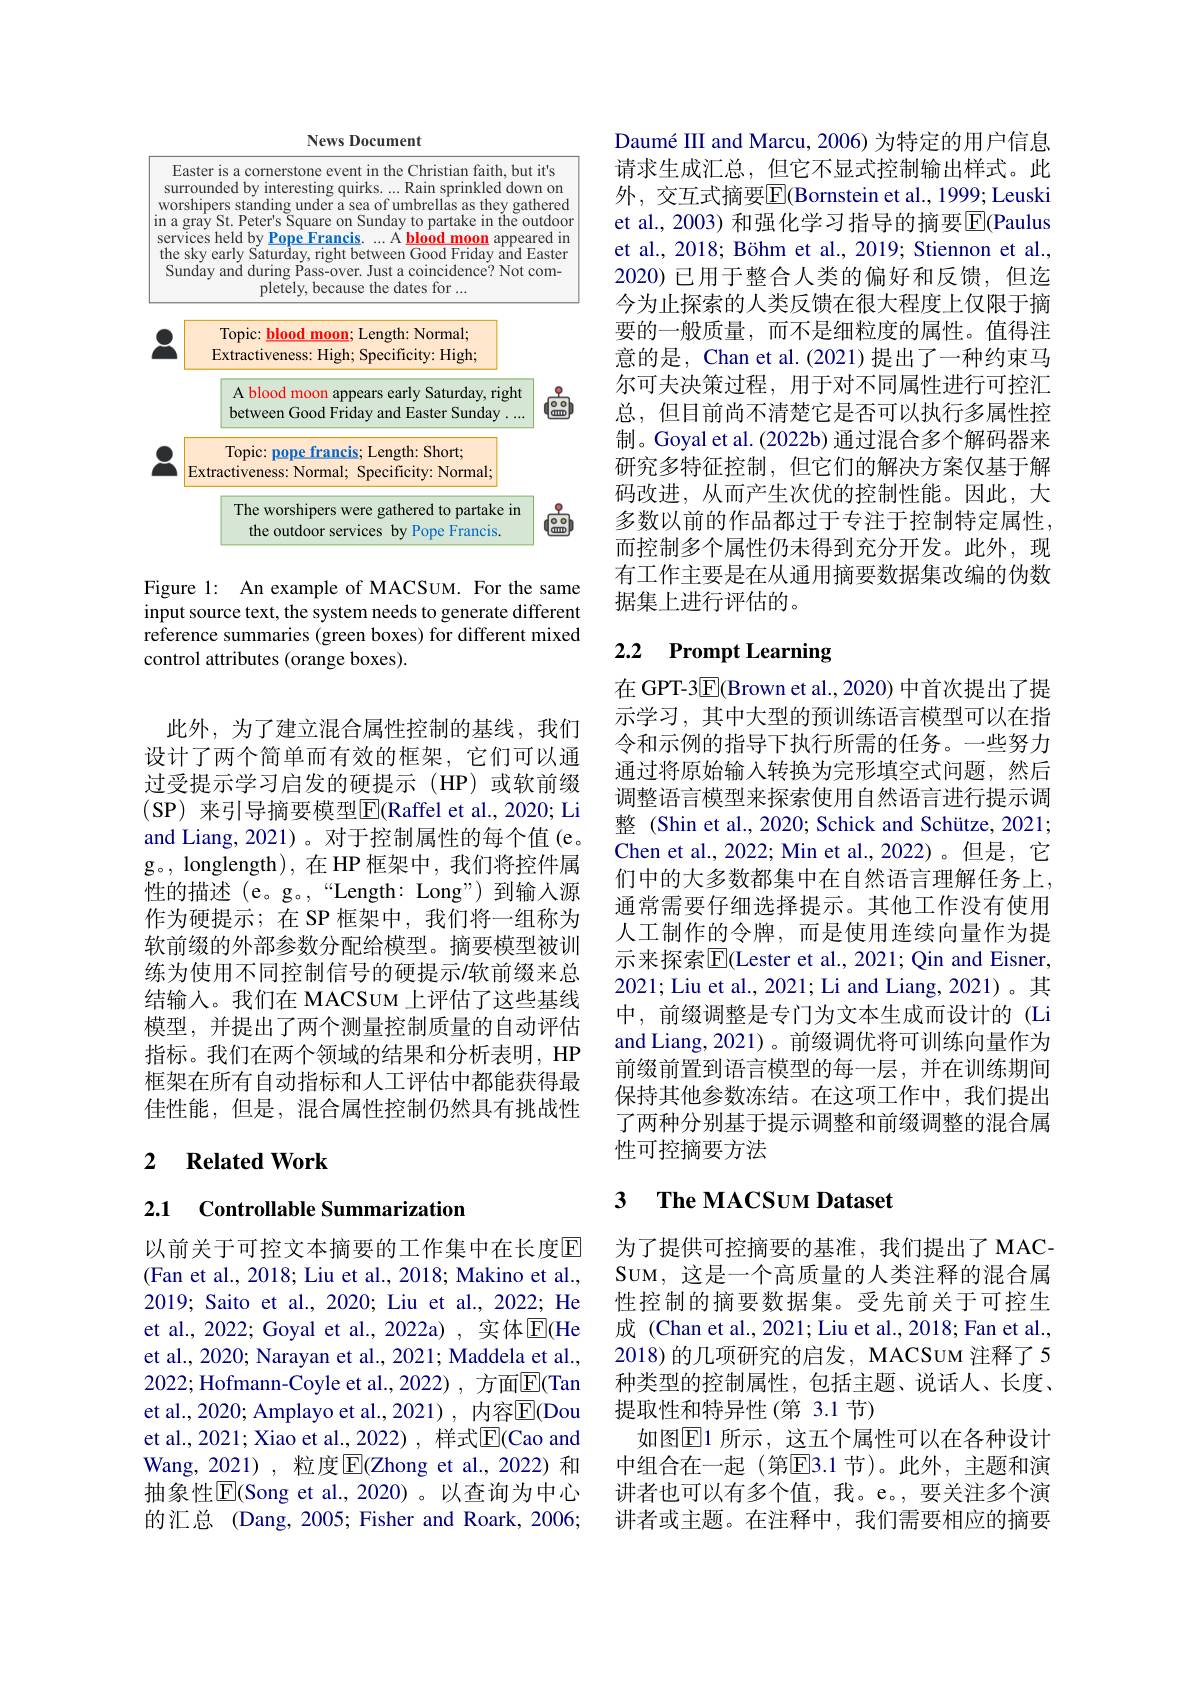
News Document

Easter is a cornerstone event in the Christian faith, but it's surrounded by interesting quirks. ...Rain sprinkled down on worshipers standing under a sea of umbrellas as they gathered in a gray St. Peter's Square on Sunday to partake in the outdoor services held by Pope Francis.
A blood moon appeared in
the sky early Saturday, right between Good Friday and Easter Sunday and during Pass-over. Just a coincidence? Not com-
pletely, because the dates for ...

<FigureHere>

Figure 1: An example of MACSUM. For the same input source text, the system needs to generate different reference summaries (green boxes) for different mixed control attributes (orange boxes).

此外，为了建立混合属性控制的基线，我们设计了两个简单而有效的框架，它们可以通过受提示学习启发的硬提示(HP)或软前缀(SP)来引导摘要模型$\overline{\mathrm{E}}($Raffel et al.,2020; Li and Liang, 2021)。对于控制属性的每个值(e。g。, longlength),在 HP 框架中，我们将控件属性的描述 (e。g。,“Length: Long”)到输入源作为硬提示；在 SP 框架中，我们将一组称为软前缀的外部参数分配给模型。摘要模型被训练为使用不同控制信号的硬提示/软前缀来总结输人。我们在 MACSUM 上评估了这些基线模型，并提出了两个测量控制质量的自动评估指标。我们在两个领域的结果和分析表明，HP 框架在所有自动指标和人工评估中都能获得最佳性能，但是，混合属性控制仍然具有挑战性

### 2 $\textbf{Related Work}$

## 2.1 Controllable Summarization

以前关于可控文本摘要的工作集中在长度回(Fan et al., 2018; Liu et al., 2018; Makino et al., 2019; Saito et al., 2020; Liu et al., 2022; He et al., 2022; Goyal et al., 2022a) , 实体$\overline{\mathrm{E}}($He et al., 2020; Narayan et al., 2021; Maddela et al., 2022; Hofmann-Coyle et al., 2022) , 方面$\overline{\mathrm{E}}($Tan et al., 2020; Amplayo et al., 2021) , 内容$\overline{\mathbb{E}}($Dou et al., 2021; Xiao et al., 2022), 样式$\overline{\mathrm{E}}($Cao and Wang, 2021), 粒度$\overline{\mathrm{E}}($Zhong et al.,2022)和抽象性$\overline{\mathrm{E}}($Song et al.,2020)。以查询为中心的汇总 (Dang, 2005; Fisher and Roark, 2006;

Daumé III and Marcu, 2006) 为特定的用户信息请求生成汇总，但它不显式控制输出样式。此外，交互式摘要$\overline{\mathbb{E}}($Bornstein et al., 1999; Leuski et al., 2003) 和强化学习指导的摘要$\boxed{\mathrm{E}}($Paulus et al., 2018; Böhm et al., 2019; Stiennon et al., 2020) 已用于整合人类的偏好和反馈，但迄今为止探索的人类反馈在很大程度上仅限于摘要的一般质量，而不是细粒度的属性。值得注意的是，Chan et al. (2021) 提出了一种约束马尔可夫决策过程，用于对不同属性进行可控汇总，但目前尚不清楚它是否可以执行多属性控制。Goyal et al. (2022b) 通过混合多个解码器来研究多特征控制，但它们的解决方案仅基于解码改进，从而产生次优的控制性能。因此，大多数以前的作品都过于专注于控制特定属性， 而控制多个属性仍未得到充分开发。此外，现有工作主要是在从通用摘要数据集改编的伪数据集上进行评估的。

# 2.2 Prompt Learning

在 GPT-3$\overline{\mathrm{E}}($Brown et al.,2020) 中首次提出了提示学习，其中大型的预训练语言模型可以在指令和示例的指导下执行所需的任务。一些努力通过将原始输入转换为完形填空式问题，然后调整语言模型来探索使用自然语言进行提示调整 (Shin et al., 2020; Schick and Schütze, 2021; Chen et al., 2022; Min et al., 2022)。但是，它们中的大多数都集中在自然语言理解任务上， 通常需要仔细选择提示。其他工作没有使用人工制作的令牌，而是使用连续向量作为提示来探索$\overline{\mathrm{E}}($Lester et al., 2021; Qin and Eisner, 2021; Liu et al., 2021; Li and Liang, 2021)。其中，前缀调整是专门为文本生成而设计的(Li and Liang, 2021)。前缀调优将可训练向量作为前缀前置到语言模型的每一层，并在训练期间保持其他参数冻结。在这项工作中，我们提出了两种分别基于提示调整和前缀调整的混合属性可控摘要方法

### 3 $\mathbf{TheMACSUMDataset}$

为了提供可控摘要的基准，我们提出了 MACSUM, 这是一个高质量的人类注释的混合属性控制的摘要数据集。受先前关于可控生成 (Chan et al., 2021; Liu et al., 2018; Fan et al., 2018) 的几项研究的启发，MACSUM 注释了5种类型的控制属性，包括主题、说话人、长度、 提取性和特异性(第 3.1 节)
如图$\mathbb{E}$1 所示，这五个属性可以在各种设计中组合在一起 (第$\overline{\mathrm{E}}$3.1 节)。此外，主题和演讲者也可以有多个值，我。e。,要关注多个演讲者或主题。在注释中，我们需要相应的摘要